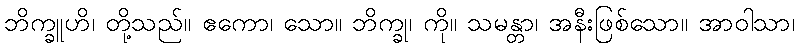
ဘိက္ခူဟိ၊ တို့သည်။ ဧကော၊ သော။ ဘိက္ခု၊ ကို။ သမန္တာ၊ အနီးဖြစ်သော။ အာဝါသာ၊